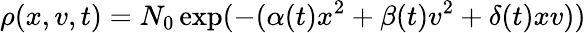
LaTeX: \rho(x,v,t)=N_{0}\exp(-(\alpha(t)x^{2}+\beta(t)v^{2}+\delta(t)xv))